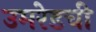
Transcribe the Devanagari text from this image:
उमरेडची